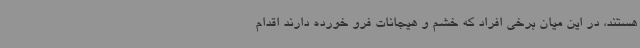
هستند، در این میان برخی افراد که خشم و هیجانات فرو خورده دارند اقدام